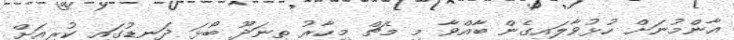
އާންމުނަށް ހުޅުވާލައިގެން ބާއްވާ މި މެޗް މިހާރު ތިނަދޫ ބޯޅަ ދަނޑުގައި ކުރިއަށް